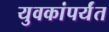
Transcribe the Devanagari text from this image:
युवकांपर्यंत